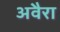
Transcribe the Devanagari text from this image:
अवैरा